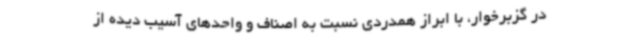
در گزبرخوار، با ابراز همدردی نسبت به اصناف و واحدهای آسیب دیده از